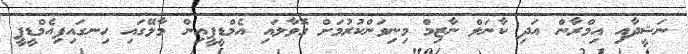
ނަޝީދާއި އިމްރާން އަދި ކާނަލް ނާޒިމް މިނިވަންކުރުމަށް ގޮވާލައި އެމްޑީޕީއިން މާލޭގައި ހިނގައިފިއެމްޑީޕީ